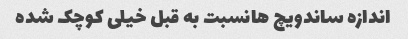
اندازه ساندویچ هانسبت به قبل خیلی کوچک شده